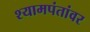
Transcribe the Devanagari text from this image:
श्यामपंतांवर